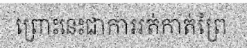
ព្រោះនេះជាការរត់កាត់ព្រៃ